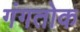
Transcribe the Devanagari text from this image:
गंगतोक